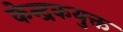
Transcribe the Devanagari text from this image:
केन्द्रकयुक्त